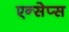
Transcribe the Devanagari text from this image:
एन्सेप्स